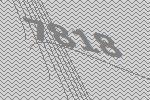
7818